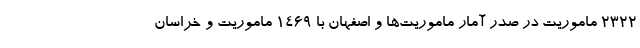
۲۳۲۲ ماموریت در صدر آمار ماموریت‌ها و اصفهان با ۱۴۶۹ ماموریت و خراسان